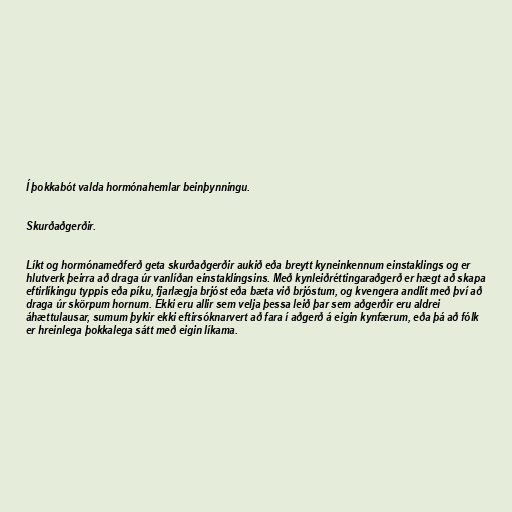
Í þokkabót valda hormónahemlar beinþynningu.

Skurðaðgerðir.

Líkt og hormónameðferð geta skurðaðgerðir aukið eða breytt kyneinkennum einstaklings og er
hlutverk þeirra að draga úr vanlíðan einstaklingsins. Með kynleiðréttingaraðgerð er hægt að skapa
eftirlíkingu typpis eða píku, fjarlægja brjóst eða bæta við brjóstum, og kvengera andlit með því að
draga úr skörpum hornum. Ekki eru allir sem velja þessa leið þar sem aðgerðir eru aldrei
áhættulausar, sumum þykir ekki eftirsóknarvert að fara í aðgerð á eigin kynfærum, eða þá að fólk
er hreinlega þokkalega sátt með eigin líkama.